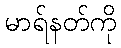
မာရ်နတ်ကို